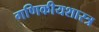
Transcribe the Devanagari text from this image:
गणिकीयशास्त्र